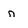
Character: n